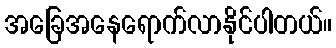
အခြေအနေရောက်လာနိုင်ပါတယ်။